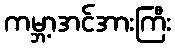
ကမ္ဘာ့အင်အားကြီး